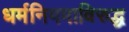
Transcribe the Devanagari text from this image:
धर्मनियमाविरुद्ध